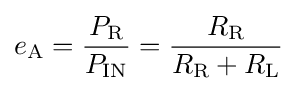
e_{\text{A}}={P_{\text{R}} \over P_{\text{IN}}}={R_{\text{R}} \over R_{\text{R}}+R_{\text{L}}}